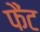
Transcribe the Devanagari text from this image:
फैंट